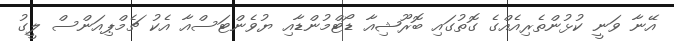
އޭނާ ވަނީ ކުޅުންތެރިއެއްގެ ގޮތުގައި ބޮރޫޝިއާ ޑޯޓްމުންޑާއި ޔުވެންޓަސްއާ އެކު ޗެމްޕިއަންސް ލީގު